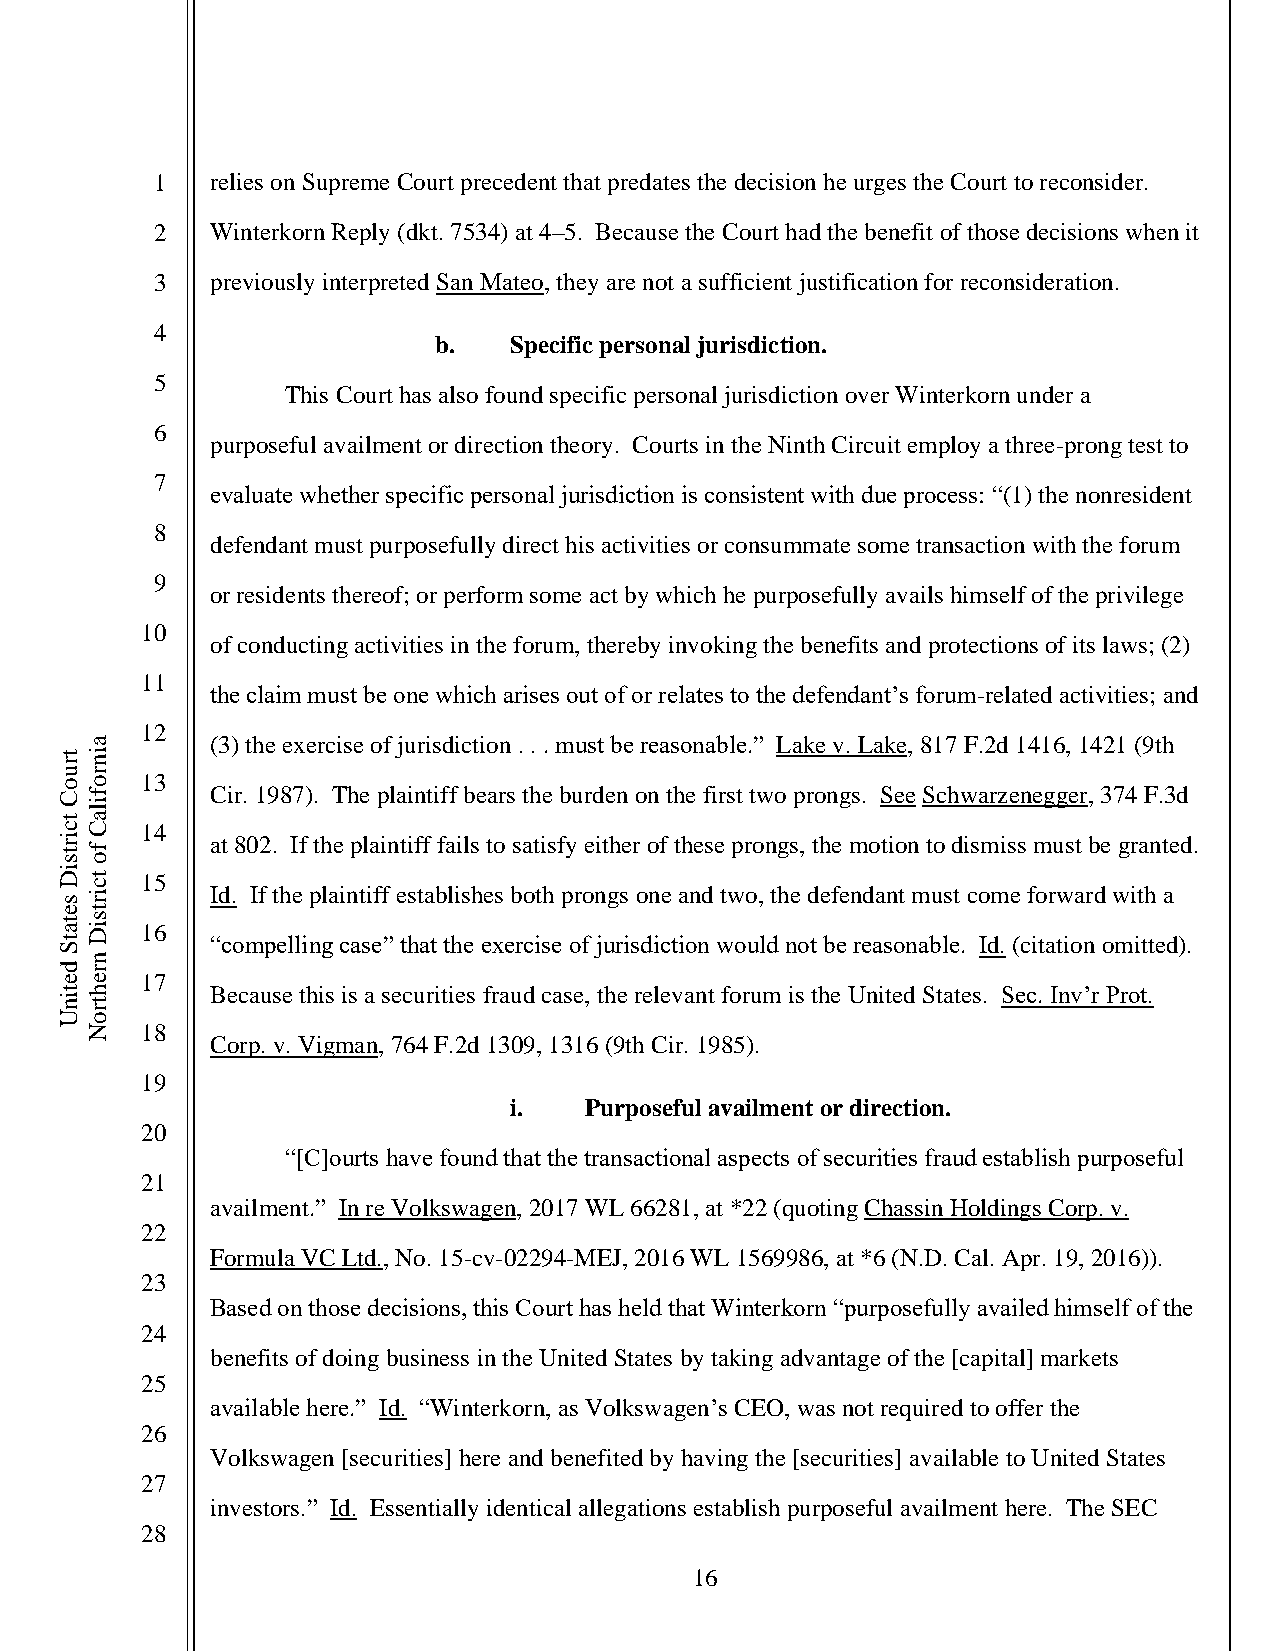
1   relies on Supreme Court precedent that predates the decision he urges the Court to reconsider.
 2   Winterkorn Reply (dkt. 7534) at 4–5. Because the Court had the benefit of those decisions when it
 3   previously interpreted San Mateo, they are not a sufficient justification for reconsideration.
 4
 b.   Specific personal jurisdiction.
 5
 This Court has also found specific personal jurisdiction over Winterkorn under a
 6
 purposeful availment or direction theory. Courts in the Ninth Circuit employ a three-prong test to
 7
 evaluate whether specific personal jurisdiction is consistent with due process: “(1) the nonresident
 8
 defendant must purposefully direct his activities or consummate some transaction with the forum
 9
 or residents thereof; or perform some act by which he purposefully avails himself of the privilege
 10
 of conducting activities in the forum, thereby invoking the benefits and protections of its laws; (2)
 11
 the claim must be one which arises out of or relates to the defendant’s forum-related activities; and
 12
 (3) the exercise of jurisdiction . . . must be reasonable.” Lake v. Lake, 817 F.2d 1416, 1421 (9th
 13
 Cir. 1987). The plaintiff bears the burden on the first two prongs. See Schwarzenegger, 374 F.3d
 14
 at 802. If the plaintiff fails to satisfy either of these prongs, the motion to dismiss must be granted.
 15
 Id. If the plaintiff establishes both prongs one and two, the defendant must come forward with a
 16
 “compelling case” that the exercise of jurisdiction would not be reasonable. Id. (citation omitted).
 17
 Because this is a securities fraud case, the relevant forum is the United States. Sec. Inv’r Prot.
 18
 Corp. v. Vigman, 764 F.2d 1309, 1316 (9th Cir. 1985).
 19
 i.   Purposeful availment or direction.
 20
 “[C]ourts have found that the transactional aspects of securities fraud establish purposeful
 21
 availment.” In re Volkswagen, 2017 WL 66281, at *22 (quoting Chassin Holdings Corp. v.
 22
 Formula VC Ltd., No. 15-cv-02294-MEJ, 2016 WL 1569986, at *6 (N.D. Cal. Apr. 19, 2016)).
 23
 Based on those decisions, this Court has held that Winterkorn “purposefully availed himself of the
 24
 benefits of doing business in the United States by taking advantage of the [capital] markets
 25
 available here.” Id. “Winterkorn, as Volkswagen’s CEO, was not required to offer the
 26
 Volkswagen [securities] here and benefited by having the [securities] available to United States
 27
 investors.” Id. Essentially identical allegations establish purposeful availment here. The SEC
 28
 16
 truoC
 tcirtsiD
 setatS
 detinU
 ainrofilaC
 fo
 tcirtsiD
 nrehtroN